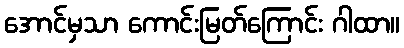
အောင်မှသာ ကောင်းမြတ်ကြောင်း ဂါထာ။